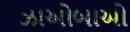
ઝાઓબાઓ